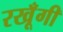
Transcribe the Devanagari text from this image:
रखूँगी